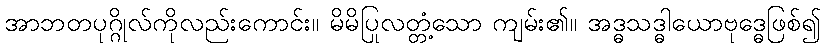
အာဘတပုဂ္ဂိုလ်ကိုလည်းကောင်း။ မိမိပြုလတ္တံ့သော ကျမ်း၏။ အဒ္ဓသဒ္ဓါယောဗုဒ္ဓေဖြစ်၍